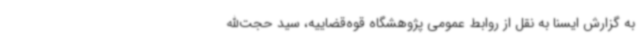
به گزارش ایسنا به نقل از روابط عمومی پژوهشگاه قوه‌قضاییه، سید حجت‌الله